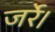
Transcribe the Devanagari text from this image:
जर्रे।